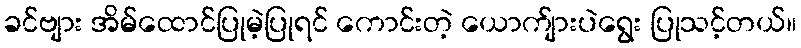
ခင်ဗျား အိမ်ထောင်ပြုမဲ့ပြုရင် ကောင်းတဲ့ ယောက်ျားပဲရွေး ပြုသင့်တယ်။